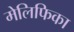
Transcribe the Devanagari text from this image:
मेलिफिका